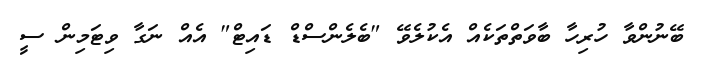
ބޭނުންވާ ހުރިހާ ބާވަތްތަކެއް އެކުލެވޭ "ބެލެންސްޑް ޑައިޓް" އެއް ނަގާ ވިޓަމިން ސީ